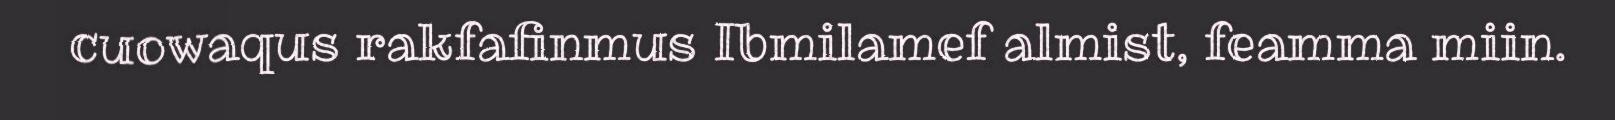
cuowaqus rakfafinmus Ibmilamef almist, feamma miin.